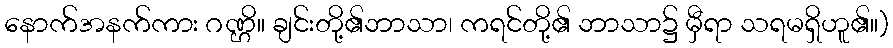
နောက်အနက်ကား ဂဏ္ဌိ။ ချင်းတို့၏ဘာသာ၊ ကရင်တို့၏ ဘာသာ၌ မှီရာ သရမရှိဟူ၏။)